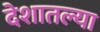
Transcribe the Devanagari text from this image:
देशातल्‍या